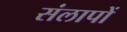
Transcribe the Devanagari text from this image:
संलापों